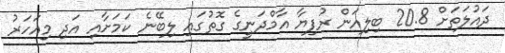
ދައުލަތަށް 20.8 ބިލިއަން ރުފިޔާ އާމްދަނީގެ ގޮތުގައި ލިބޭނެ ކަމަށާއި އަދި މިއަހަރު